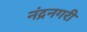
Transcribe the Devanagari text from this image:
नंद्रनगरी